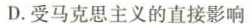
D.受马克思主义的直接影响